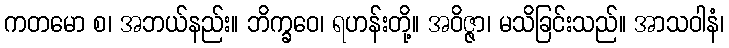
ကတမော စ၊ အဘယ်နည်း။ ဘိက္ခဝေ၊ ရဟန်းတို့။ အဝိဇ္ဇာ၊ မသိခြင်းသည်။ အာသဝါနံ၊